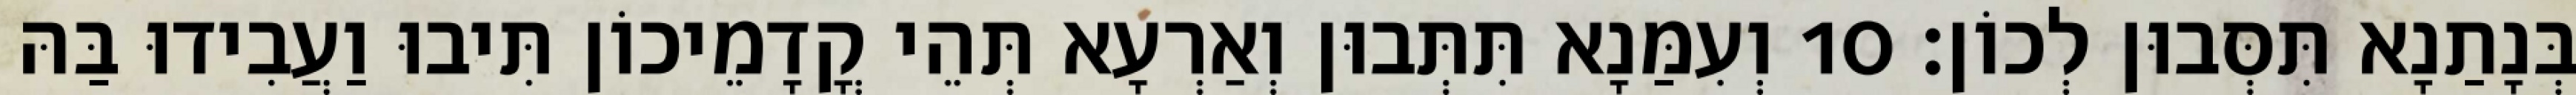
בְּנָתַנָא תִּסְּבוּן לְכוֹן׃ 10 וְעִמַּנָא תִּתְּבוּן וְאַרְעָא תְּהֵי קֳדָמֵיכוֹן תִּיבוּ וַעֲבִידוּ בַּהּ